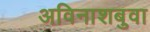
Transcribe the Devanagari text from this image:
अविनाशबुवा